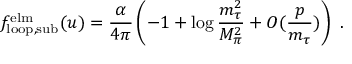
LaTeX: f _ { \mathrm { l o o p , s u b } } ^ { \mathrm { e l m } } ( u ) = \frac { \alpha } { 4 \pi } \left( - 1 + \log \frac { m _ { \tau } ^ { 2 } } { M _ { \pi } ^ { 2 } } + O ( \frac { p } { m _ { \tau } } ) \right) ~ .